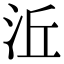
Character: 㳋